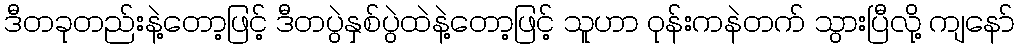
ဒီတခုတည်းနဲ့တော့ဖြင့် ဒီတပွဲနှစ်ပွဲထဲနဲ့တော့ဖြင့် သူဟာ ဝုန်းကနဲတက် သွားပြီလို့ ကျနော်